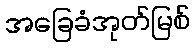
အခြေခံအုတ်မြစ်